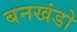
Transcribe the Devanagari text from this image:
बनखंडो